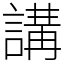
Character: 講